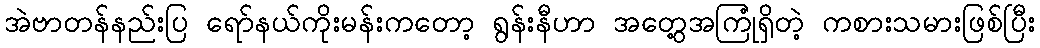
အဲဗာတန်နည်းပြ ရော်နယ်ကိုးမန်းကတော့ ရွန်းနီဟာ အတွေ့အကြုံရှိတဲ့ ကစားသမားဖြစ်ပြီး